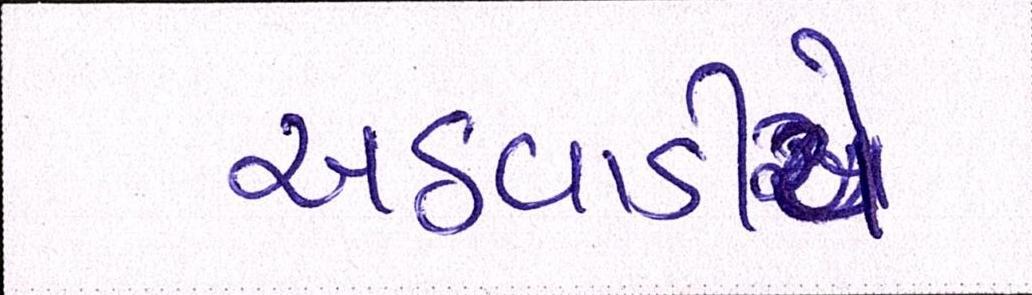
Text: અઠવાડીયે